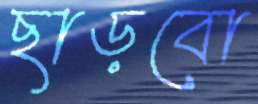
ছাড়বো